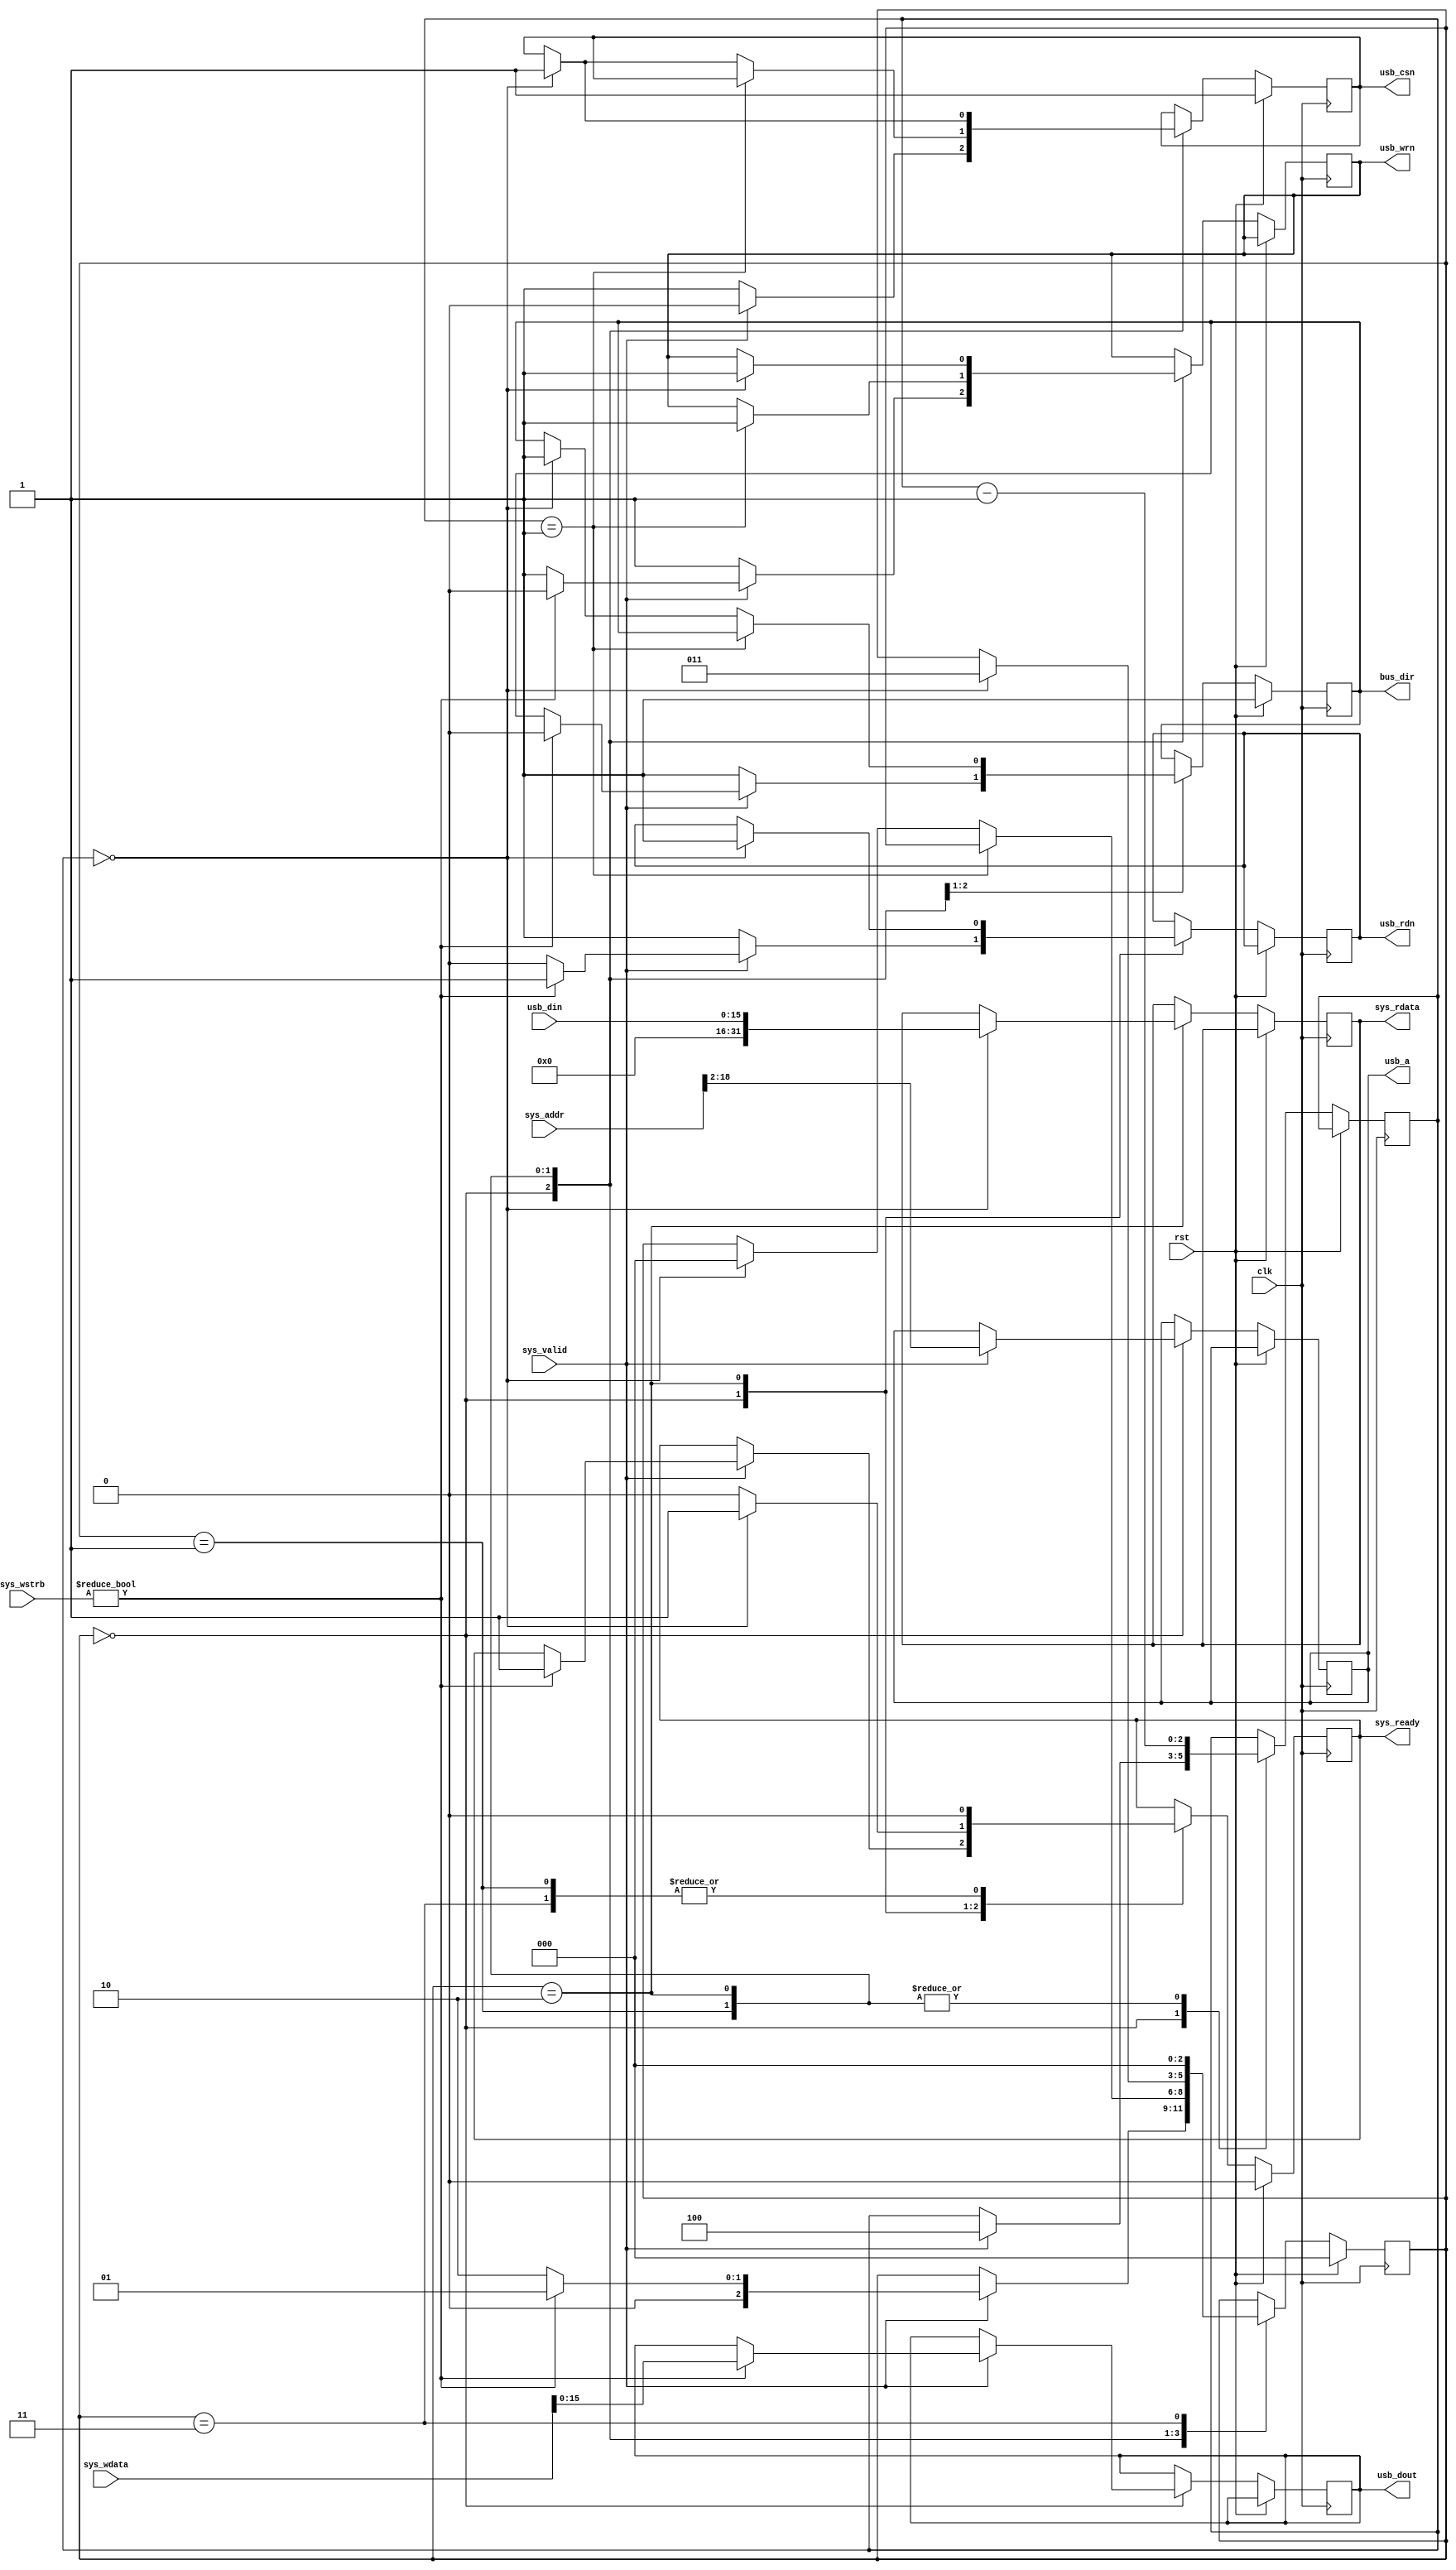
`timescale 1ns / 1ps
//////////////////////////////////////////////////////////////////////////////////
// Company: 
// Engineer: 
// 
// Design Name: 
// Module Name:    usb_picorv_bridge 
// Project Name: 
// Target Devices: 
// Tool versions: 
// Description: 
//
// Dependencies: 
//
// Revision: 
// Revision 0.01 - File Created
// Additional Comments: 
//
//////////////////////////////////////////////////////////////////////////////////
module usb_picorv_bridge(
    input wire clk,
    input wire rst,
    input wire [18:0] sys_addr,
    output reg [31:0] sys_rdata,
    input wire [31:0] sys_wdata,
    input wire [3:0] sys_wstrb,
    input wire sys_valid,
    output reg sys_ready,
    output reg usb_csn,
    output reg usb_rdn,
    output reg usb_wrn,
    output reg [17:1] usb_a,
    output reg [15:0] usb_dout,
    input wire [15:0] usb_din,
    output reg bus_dir
    );
    
    reg [2:0] state;
    reg [2:0] counter;
    
    localparam STATE_IDLE = 3'd0;
    localparam STATE_WRITE = 3'd1;
    localparam STATE_READ = 3'd2;
    localparam STATE_LATCH = 3'd3;

    always@(posedge clk) begin
        if (rst) begin
            state <= STATE_IDLE;
            usb_csn <= 1'b1;
            bus_dir <= 1'b1;
            sys_ready <= 1'b0;
        end
        else begin
            case (state)
                STATE_IDLE: begin
                    if (sys_valid) begin
                        if (sys_wstrb != 0) begin
                            usb_csn <= 1'b0;
                            usb_rdn <= 1'b1;
                            usb_wrn <= 1'b0;
                            usb_dout <= sys_wdata[15:0];
                            usb_a[17:1] <= sys_addr[18:2];
                            bus_dir <= 1'b0;
                            sys_ready <= 1'b1;
                            state <= STATE_WRITE;
                            counter <= 3'd4;
                        end
                        else begin
                            usb_csn <= 1'b0;
                            usb_rdn <= 1'b0;
                            usb_wrn <= 1'b1;
                            usb_a[17:1] <= sys_addr[18:2];
                            state <= STATE_READ;
                            counter <= 3'd4;
                        end
                    end
                    else begin
                        usb_csn <= 1'b1;
                        usb_rdn <= 1'b1;
                        usb_wrn <= 1'b1;
                        bus_dir <= 1'b1;
                    end
                end
                STATE_WRITE: begin
                    sys_ready <= 1'b0;
                    counter <= counter - 1;
                    if (counter == 1) begin
                        usb_wrn <= 1'b1; // To meet CS and DATA hold requirement
                    end
                    else if (counter == 0) begin
                        usb_csn <= 1'b1;
                        bus_dir <= 1'b1;
                        state <= STATE_IDLE;
                    end
                end
                STATE_READ: begin
                    sys_ready <= 1'b0;
                    counter <= counter - 1;
                    if (counter == 0) begin
                        sys_rdata <= {16'd0, usb_din};
                        sys_ready <= 1'b1;
                        usb_csn <= 1'b1;
                        usb_rdn <= 1'b1;
                        usb_wrn <= 1'b1;
                        state <= STATE_LATCH;
                    end
                end
                STATE_LATCH: begin
                    sys_ready <= 1'b0;
                    state <= STATE_IDLE;
                end
            endcase
        end
    
    end


endmodule